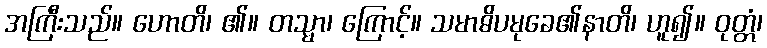
အကြီးသည်။ ဟောတိ၊ ၏။ တသ္မာ၊ ကြောင့်။ သမာဓိပမုခေ၏နာတိ၊ ဟူ၍။ ဝုတ္တံ၊